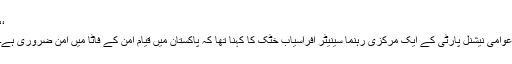
‘‘
عوامی نیشنل پارٹی کے ایک مرکزی رہنما سینیٹر افراسیاب خٹک کا کہنا تھا کہ پاکستان میں قیام امن کے فاٹا میں امن ضروری ہے۔